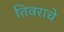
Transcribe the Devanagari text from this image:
तिवराचे